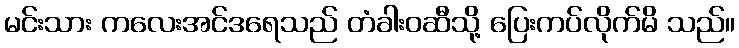
မင်းသား ကလေးအင်ဒရေသည် တံခါးဝဆီသို့ ပြေးကပ်လိုက်မိ သည်။